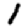
Digit: 1